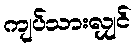
ကျပ်သားလျှင်